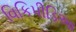
વિકિપીડિઆ